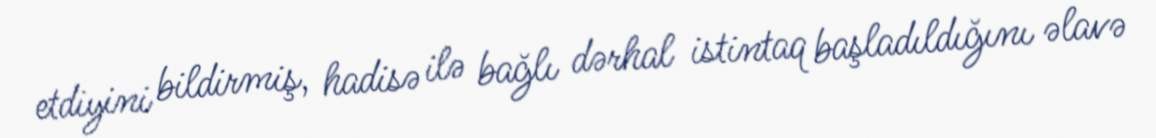
etdiyini bildirmiş, hadisə ilə bağlı dərhal istintaq başladıldığını əlavə